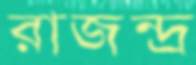
রাজন্দ্র